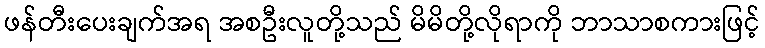
ဖန်တီးပေးချက်အရ အစဦးလူတို့သည် မိမိတို့လိုရာကို ဘာသာစကားဖြင့်